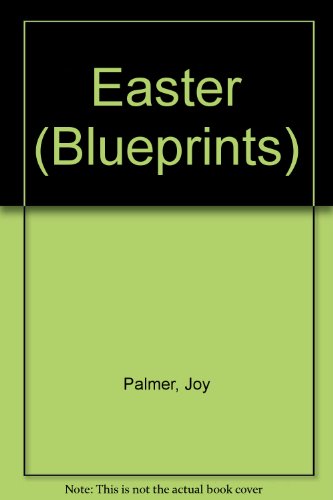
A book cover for Easter (Blueprints); Joy Palmer; Children's Books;